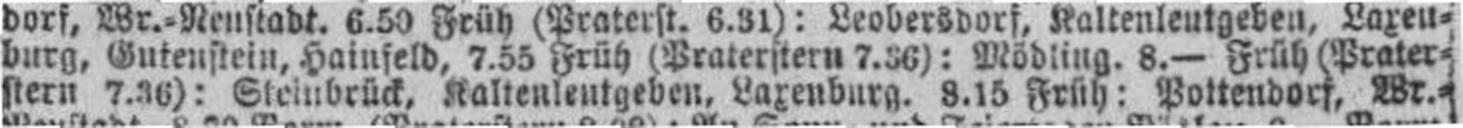
stern 7.36): Steinbrück, Kaltenleutgeben, Laxenbug. 3.15 Früh: Pottendorf, Wr.=